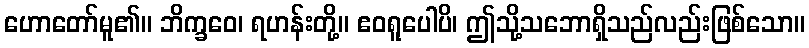
ဟောတော်မူ၏။ ဘိက္ခဝေ၊ ရဟန်းတို့။ ဧဝရူပေါပိ၊ ဤသို့သဘောရှိသည်လည်းဖြစ်သော။